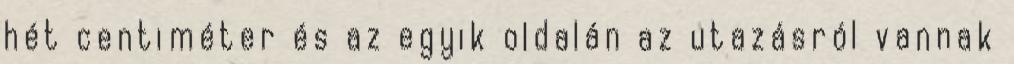
hét centiméter és az egyik oldalán az utazásról vannak